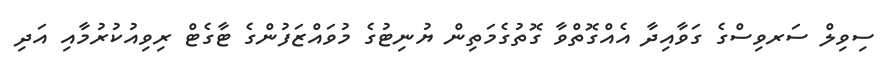
ސިވިލް ސަރވިސްގެ ގަވާއިދާ އެއްގޮތްވާ ގޮތުގެމަތިން ޔުނިޓުގެ މުވައްޒަފުންގެ ޓާގެޓް ރިވިއުކުރުމާއި އަދި